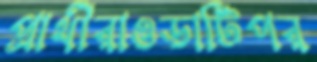
প্রার্থীরাওডার্টিপর